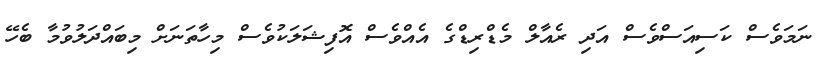
ނަމަވެސް ކަސިއަސްވެސް އަދި ރެއާލް މެޑްރިޑްގެ އެއްވެސް އޮފިޝަލަކުވެސް މިހާތަނަށް މިބައްދަލުވުމާ ބެހޭ